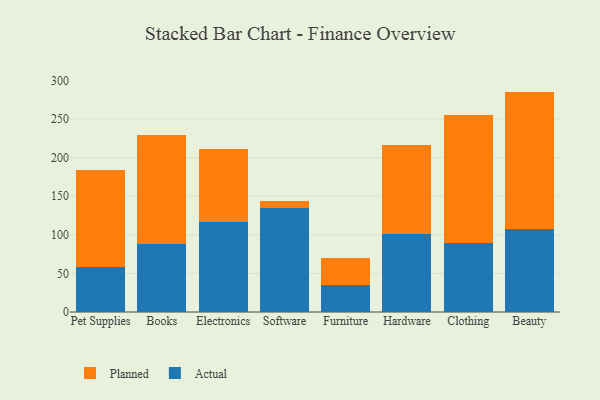
{"axis": {"x": "Category", "y": "Gross Profit (USD K)"}, "legend": ["Actual", "Planned"], "data": [{"x": "Pet Supplies", "y": 58.3, "type": "Actual"}, {"x": "Pet Supplies", "y": 126.2, "type": "Planned"}, {"x": "Books", "y": 88.6, "type": "Actual"}, {"x": "Books", "y": 140.8, "type": "Planned"}, {"x": "Electronics", "y": 116.0, "type": "Actual"}, {"x": "Electronics", "y": 95.4, "type": "Planned"}, {"x": "Software", "y": 135.3, "type": "Actual"}, {"x": "Software", "y": 8.6, "type": "Planned"}, {"x": "Furniture", "y": 34.5, "type": "Actual"}, {"x": "Furniture", "y": 35.3, "type": "Planned"}, {"x": "Hardware", "y": 101.3, "type": "Actual"}, {"x": "Hardware", "y": 115.2, "type": "Planned"}, {"x": "Clothing", "y": 89.9, "type": "Actual"}, {"x": "Clothing", "y": 165.8, "type": "Planned"}, {"x": "Beauty", "y": 106.9, "type": "Actual"}, {"x": "Beauty", "y": 178.6, "type": "Planned"}]}